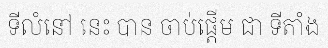
ទីលំនៅ នេះ បាន ចាប់ផ្តើម ជា ទីតាំង